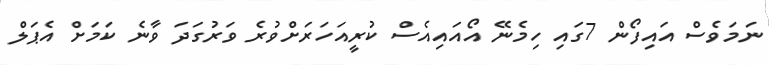
ނަމަވެސް އައިފޯން 7ގައި ހިމެނޭ އޯއައިއެސް ކުރީއަހަރަށްވުރެ ވަރުގަދަ ވާނެ ކަމަށް އެޕަލް